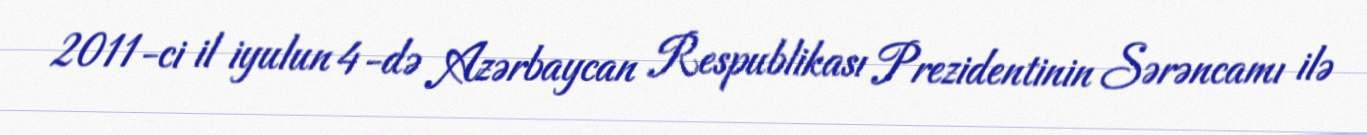
2011-ci il iyulun 4-də Azərbaycan Respublikası Prezidentinin Sərəncamı ilə